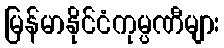
မြန်မာနိုင်ငံကုမ္ပဏီများ